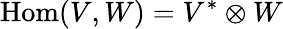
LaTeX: {\mathrm{Hom}}(V,W)=V^{*}\otimes W